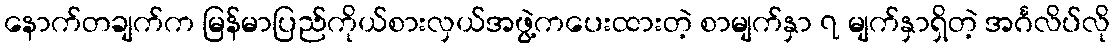
နောက်တချက်က မြန်မာပြည်ကိုယ်စားလှယ်အဖွဲ့ကပေးထားတဲ့ စာမျက်နှာ ၇ မျက်နှာရှိတဲ့ အင်္ဂလိပ်လို